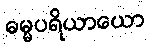
ဓမ္မပရိယာယော